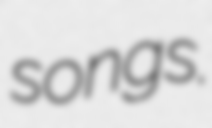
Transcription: songs.